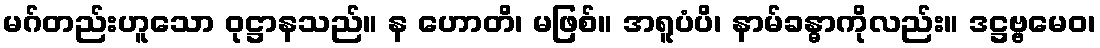
မဂ်တည်းဟူသော ဝုဋ္ဌာနသည်။ န ဟောတိ၊ မဖြစ်။ အရူပံပိ၊ နာမ်ခန္ဓာကိုလည်း။ ဒဋ္ဌဗ္ဗမေဝ၊